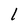
Character: 1